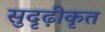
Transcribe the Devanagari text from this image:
सुदृढ़ीकृत